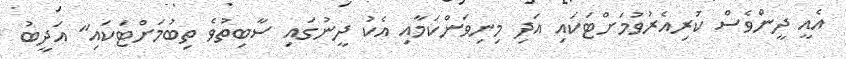
އެއީ ދީންވެސް ކުރިއެރުވުމަށްޓަކައި އަދި މިނިވަންކަމާއި އެކު ދީނުގައި ސާބިތުވެ ތިބުމަށްޓަކައި" އަދީބު